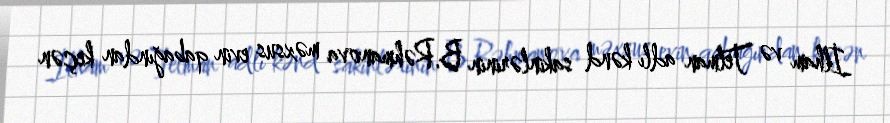
İlham və Telman adlı kənd sakinlərinin B.Rəhmanova məxsus evin qabağından keçən